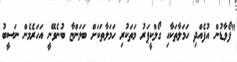
"ފޯވާޑުން އުފެއްދި ހަމަލާތަކާއި ގޯލްކީޕަރު މަތަކުރި ހަމަލާތަކަށް ބަލަންޏާ ބުނެވޭނީ އަހަރެމެން ނަސީބު